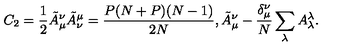
C _ { 2 } = \frac { 1 } { 2 } \tilde { A } _ { \mu } ^ { \nu } \tilde { A } _ { \nu } ^ { \mu } = \frac { P ( N + P ) ( N - 1 ) } { 2 N } , \tilde { A } _ { \mu } ^ { \nu } - \frac { \delta _ { \mu } ^ { \nu } } { N } \sum _ { \lambda } A _ { \lambda } ^ { \lambda } .